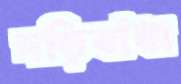
দড়িবাঁধা